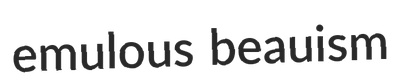
emulous beauism